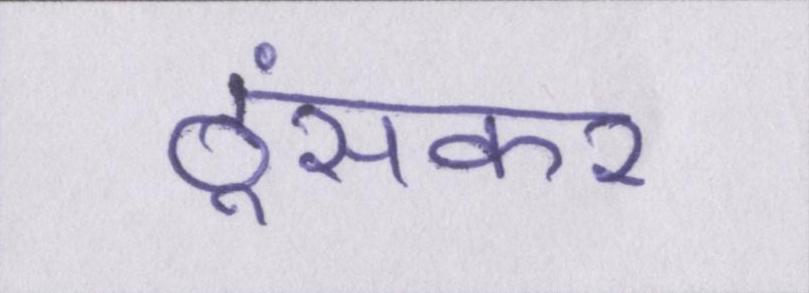
ठूंसकर